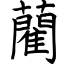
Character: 藺